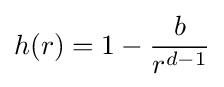
h(r)=1-{\frac {b}{r^{d-1}}}